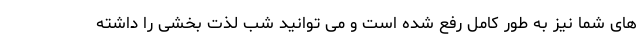
های شما نیز به طور کامل رفع شده است و می توانید شب لذت بخشی را داشته